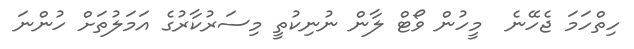
ހިތްހަމަ ޖެހޭނެ  މީހުން ވޯޓް ލާން ނުނިކުތީ މިސަރުކާރުގެ އަމަލުތަށް ހުންނަ